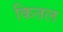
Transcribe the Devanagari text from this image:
कितल